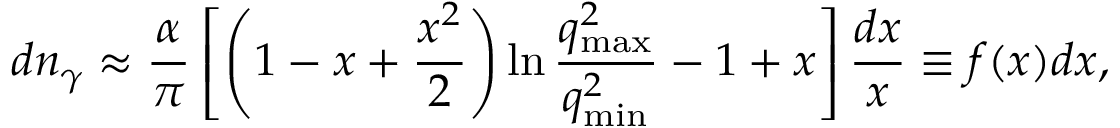
d n _ { \gamma } \approx \frac { \alpha } { \pi } \left[ \left( 1 - x + \frac { x ^ { 2 } } { 2 } \right) \ln { \frac { q _ { \mathrm { m a x } } ^ { 2 } } { q _ { \mathrm { m i n } } ^ { 2 } } } - 1 + x \right] \frac { d x } { x } \equiv f ( x ) d x ,